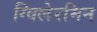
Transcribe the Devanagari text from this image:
ग्विलेरमिन